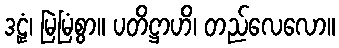
ဒဠှံ၊ မြဲမြံစွာ။ ပတိဋ္ဌာဟိ၊ တည်လေလော။